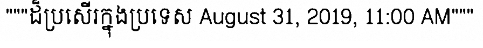
"""ដ៏ប្រសើរក្នុងប្រទេស August 31, 2019, 11:00 AM"""